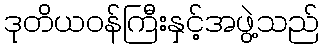
ဒုတိယဝန်ကြီးနှင့်အဖွဲ့သည်